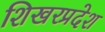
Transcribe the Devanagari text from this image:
शिखरप्रदेश